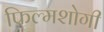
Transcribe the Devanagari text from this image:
फ़िल्मशोगी